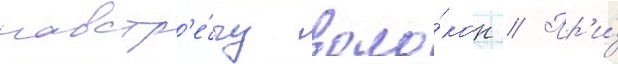
навстр'е́чу воло́кон // Пр'и́